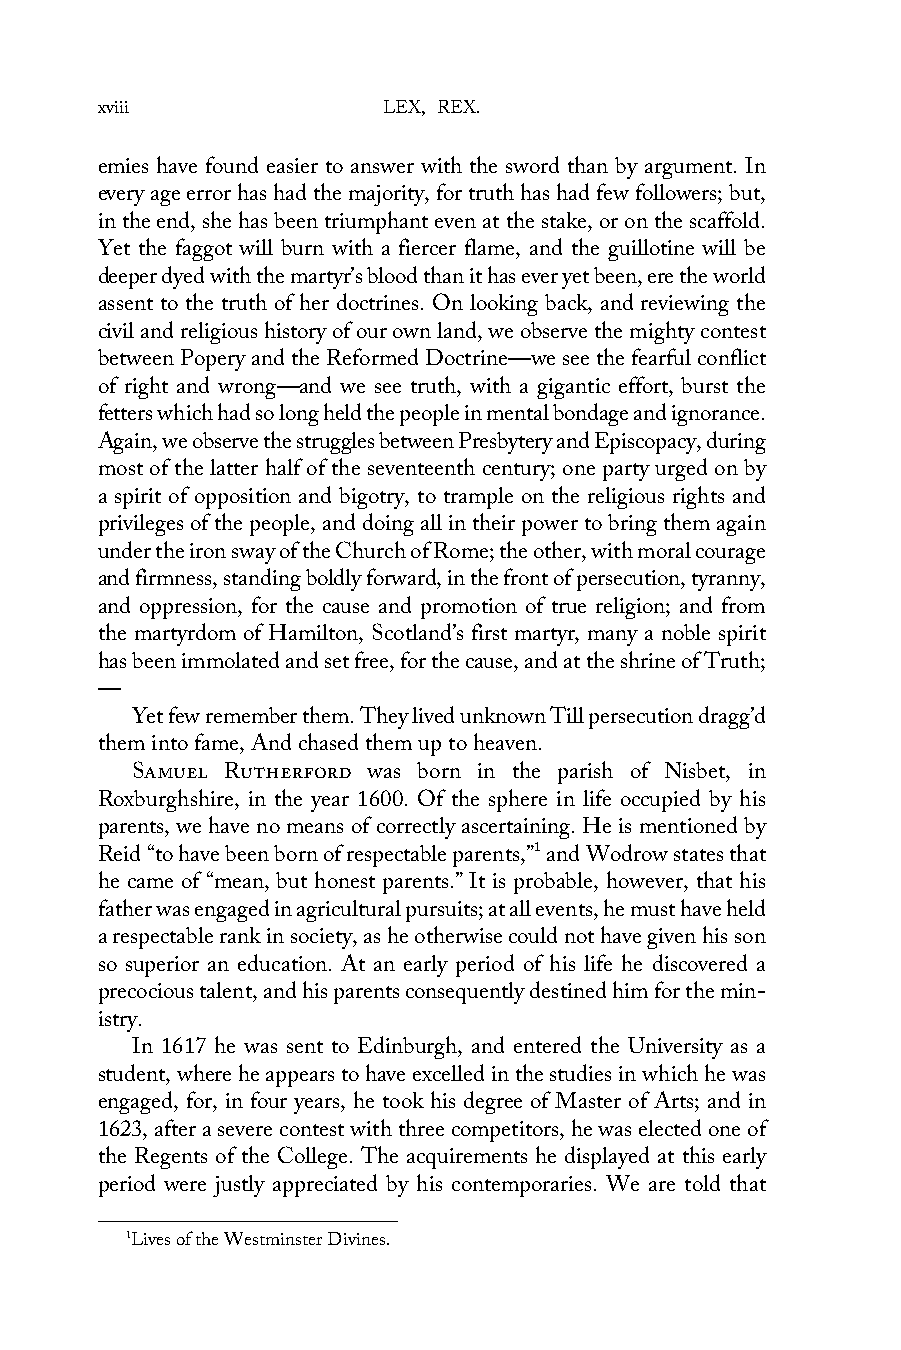
xviii              LEX, REX.
 emies have found easier to answer with the sword than by argument. In
 every age error has had the majority, for truth has had few followers; but,
 in the end, she has been triumphant even at the stake, or on the scaffold.
 Yet the faggot will burn with a fiercer flame, and the guillotine will be
 deeper dyed with the martyr’s blood than it has ever yet been, ere the world
 assent to the truth of her doctrines. On looking back, and reviewing the
 civil and religious history of our own land, we observe the mighty contest
 between Popery and the Reformed Doctrine—we see the fearful conflict
 of right and wrong—and we see truth, with a gigantic effort, burst the
 fetters which had so long held the people in mental bondage and ignorance.
 Again, we observe the struggles between Presbytery and Episcopacy, during
 most of the latter half of the seventeenth century; one party urged on by
 a spirit of opposition and bigotry, to trample on the religious rights and
 privileges of the people, and doing all in their power to bring them again
 under the iron sway of the Church of Rome; the other, with moral courage
 and firmness, standing boldly forward, in the front of persecution, tyranny,
 and oppression, for the cause and promotion of true religion; and from
 the martyrdom of Hamilton, Scotland’s first martyr, many a noble spirit
 has been immolated and set free, for the cause, and at the shrine of Truth;
 —
 Yet few remember them. They lived unknown Till persecution dragg’d
 them into fame, And chased them up to heaven.
 Samuel Rutherford was born in the parish of Nisbet, in
 Roxburghshire, in the year 1600. Of the sphere in life occupied by his
 parents, we have no means of correctly ascertaining. He is mentioned by
 Reid “to have been born of respectable parents,”1 and Wodrow states that
 he came of “mean, but honest parents.” It is probable, however, that his
 father was engaged in agricultural pursuits; at all events, he must have held
 a respectable rank in society, as he otherwise could not have given his son
 so superior an education. At an early period of his life he discovered a
 precocious talent, and his parents consequently destined him for the min-
 istry.
 In 1617 he was sent to Edinburgh, and entered the University as a
 student, where he appears to have excelled in the studies in which he was
 engaged, for, in four years, he took his degree of Master of Arts; and in
 1623, after a severe contest with three competitors, he was elected one of
 the Regents of the College. The acquirements he displayed at this early
 period were justly appreciated by his contemporaries. We are told that
 1Lives of the Westminster Divines.